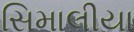
સિમાલીયા